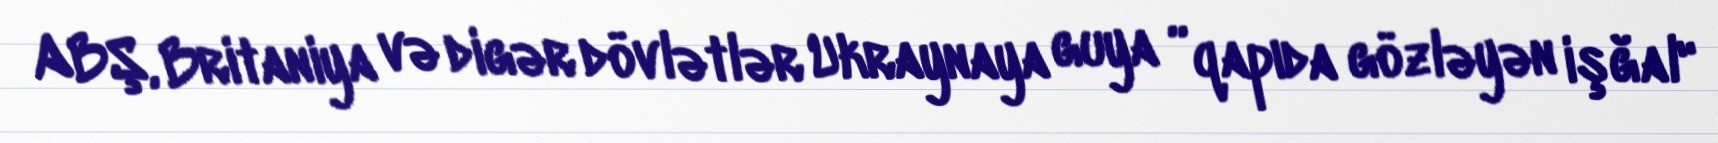
ABŞ, Britaniya və digər dövlətlər Ukraynaya guya ”qapıda gözləyən işğal"